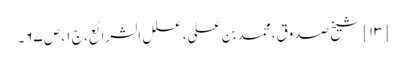
[۱۳] شیخ صدوق، محمد بن علی، علل الشرائع، ج ۱، ص ۶۷۔